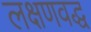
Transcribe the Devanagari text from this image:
लक्षणवद्ध